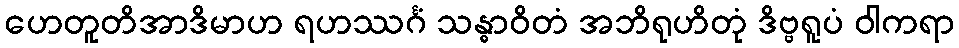
ဟေတူတိအာဒိမာဟ ရဟဿင်္ဂံ သန္ဓာဝိတံ အဘိရုဟိတုံ ဒိဗ္ဗရူပံ ဝါကရာ